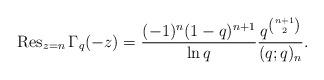
LaTeX: \begin{gather*}\operatorname{Res}_{z = n}{\Gamma_q(-z)} = \frac{(-1)^n(1-q)^{n+1}}{\ln{q}}\frac{q^{{n+1 \choose 2}}}{(q; q)_n}.\end{gather*}